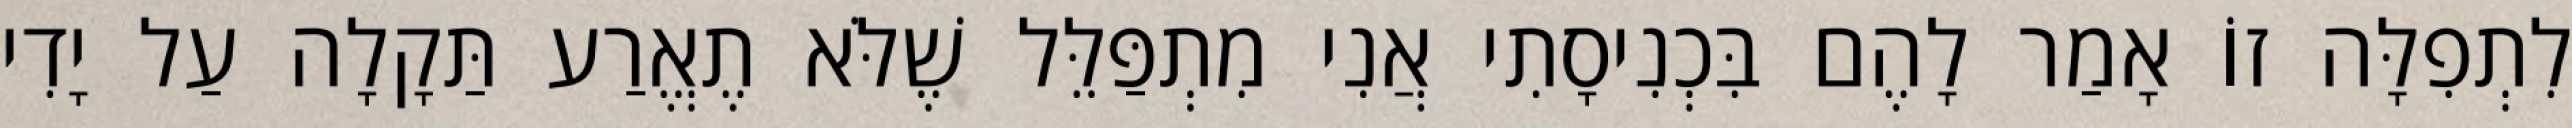
לִתְפִלָּה זוֹ אָמַר לָהֶם בִּכְנִיסָתִי אֲנִי מִתְפַּלֵּל שֶׁלֹּא תֶאֱרַע תַּקָלָה עַל יָדִי